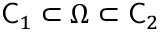
\mathsf C _ { 1 } \subset \Omega \subset \mathsf C _ { 2 }